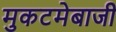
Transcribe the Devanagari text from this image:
मुकटमेबाजी